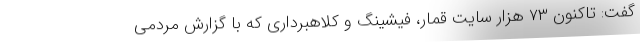
گفت: تاکنون ۷۳ هزار سایت قمار، فیشینگ و کلاهبرداری که با گزارش مردمی